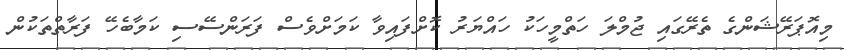
މިއޮޕަރޭޝަންގެ ތެރޭގައި ޖުމްލަ ހަތްމީހަކު ހައްޔަރު ކޮށްފައިވާ ކަމަށްވެސް ފަރަންސޭސި ކަމާބެހޭ ފަރާތްތަކުން